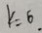
K = 6